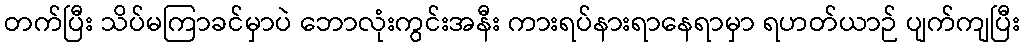
တက်ပြီး သိပ်မကြာခင်မှာပဲ ဘောလုံးကွင်းအနီး ကားရပ်နားရာနေရာမှာ ရဟတ်ယာဉ် ပျက်ကျပြီး